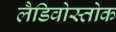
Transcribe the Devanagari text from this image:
लैडिवोस्तोक